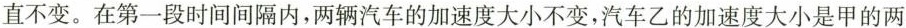
直不变。在第一段时间间隔内，两辆汽车的加速度大小不变，汽车乙的加速度大小是甲的两